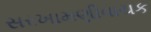
સરખામણીવાચક